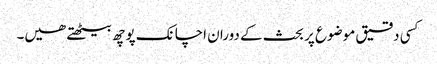
کسی دقیق موضوع پر بحث کے دوران اچانک پوچھ بیٹھتے ھیں۔